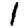
Digit: 1